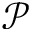
\mathcal { P }